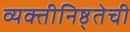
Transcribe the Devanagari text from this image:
व्यक्तीनिष्ठ्तेची